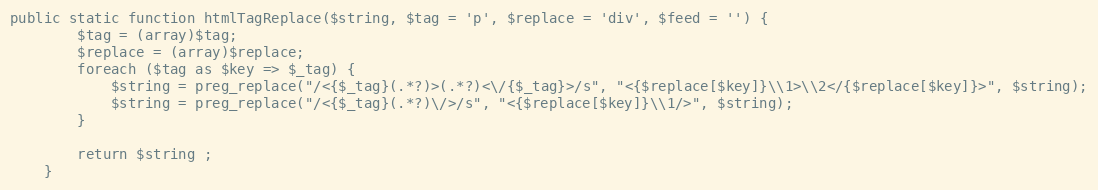
Language: PHP
public static function htmlTagReplace($string, $tag = 'p', $replace = 'div', $feed = '') {
		$tag = (array)$tag;
		$replace = (array)$replace;
		foreach ($tag as $key => $_tag) {
			$string = preg_replace("/<{$_tag}(.*?)>(.*?)<\/{$_tag}>/s", "<{$replace[$key]}\\1>\\2</{$replace[$key]}>", $string);
			$string = preg_replace("/<{$_tag}(.*?)\/>/s", "<{$replace[$key]}\\1/>", $string);
		}

		return $string ;
	}